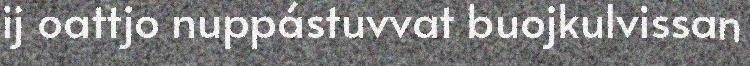
ij oattjo nuppástuvvat buojkulvissan